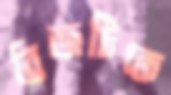
ব্রিজটিকে